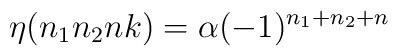
\eta(n_1n_2nk)=\alpha(-1)^{n_1+n_2+n}